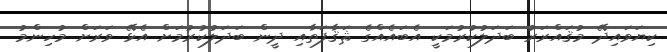
ކިޔަވައިދޭ މުޤައްރަރު ބަދަލުކުރުމަކީ އެބައެއްގެ ޘަޤާފަތާއި ދީން ބަދަލުކުރުމަށް އެޅޭ ވަރަށް މުހިންމު